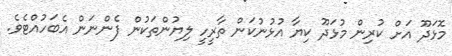
މޮޅަދޫ އަށް ކުރިން މުޅަދޫ ކިޔާ އުޅުނުކަން ތާރީހީ ލިޔުންތަކުން ފެންނަން އެބަހުއްޓެވެ.